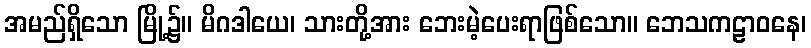
အမည်ရှိသော မြို့၌။ မိဂဒါယေ၊ သားတို့အား ဘေးမဲ့ပေးရာဖြစ်သော။ ဘေသကဠာဝနေ၊